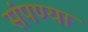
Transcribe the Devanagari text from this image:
संपण्या